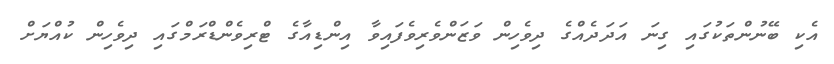
އެކި ބޭނުންތަކުގައި ގިނަ އަދަދެއްގެ ދިވެހިން ވަޒަންވެރިވެފައިވާ އިންޑިއާގެ ޓްރިވެންޑްރަމްގައި ދިވެހިން ކުއްޔަށް